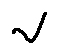
v